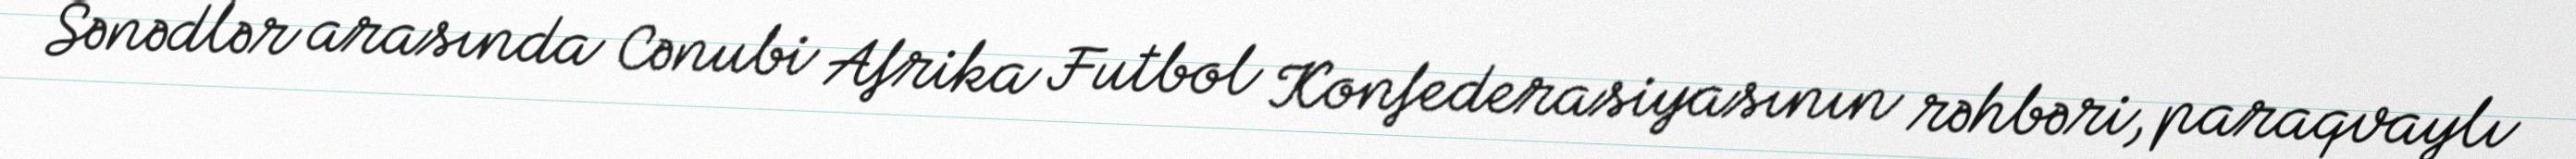
Sənədlər arasında Cənubi Afrika Futbol Konfederasiyasının rəhbəri, paraqvaylı